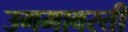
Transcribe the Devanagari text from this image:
उगमावरती